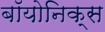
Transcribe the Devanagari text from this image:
बॉयोनिक्स